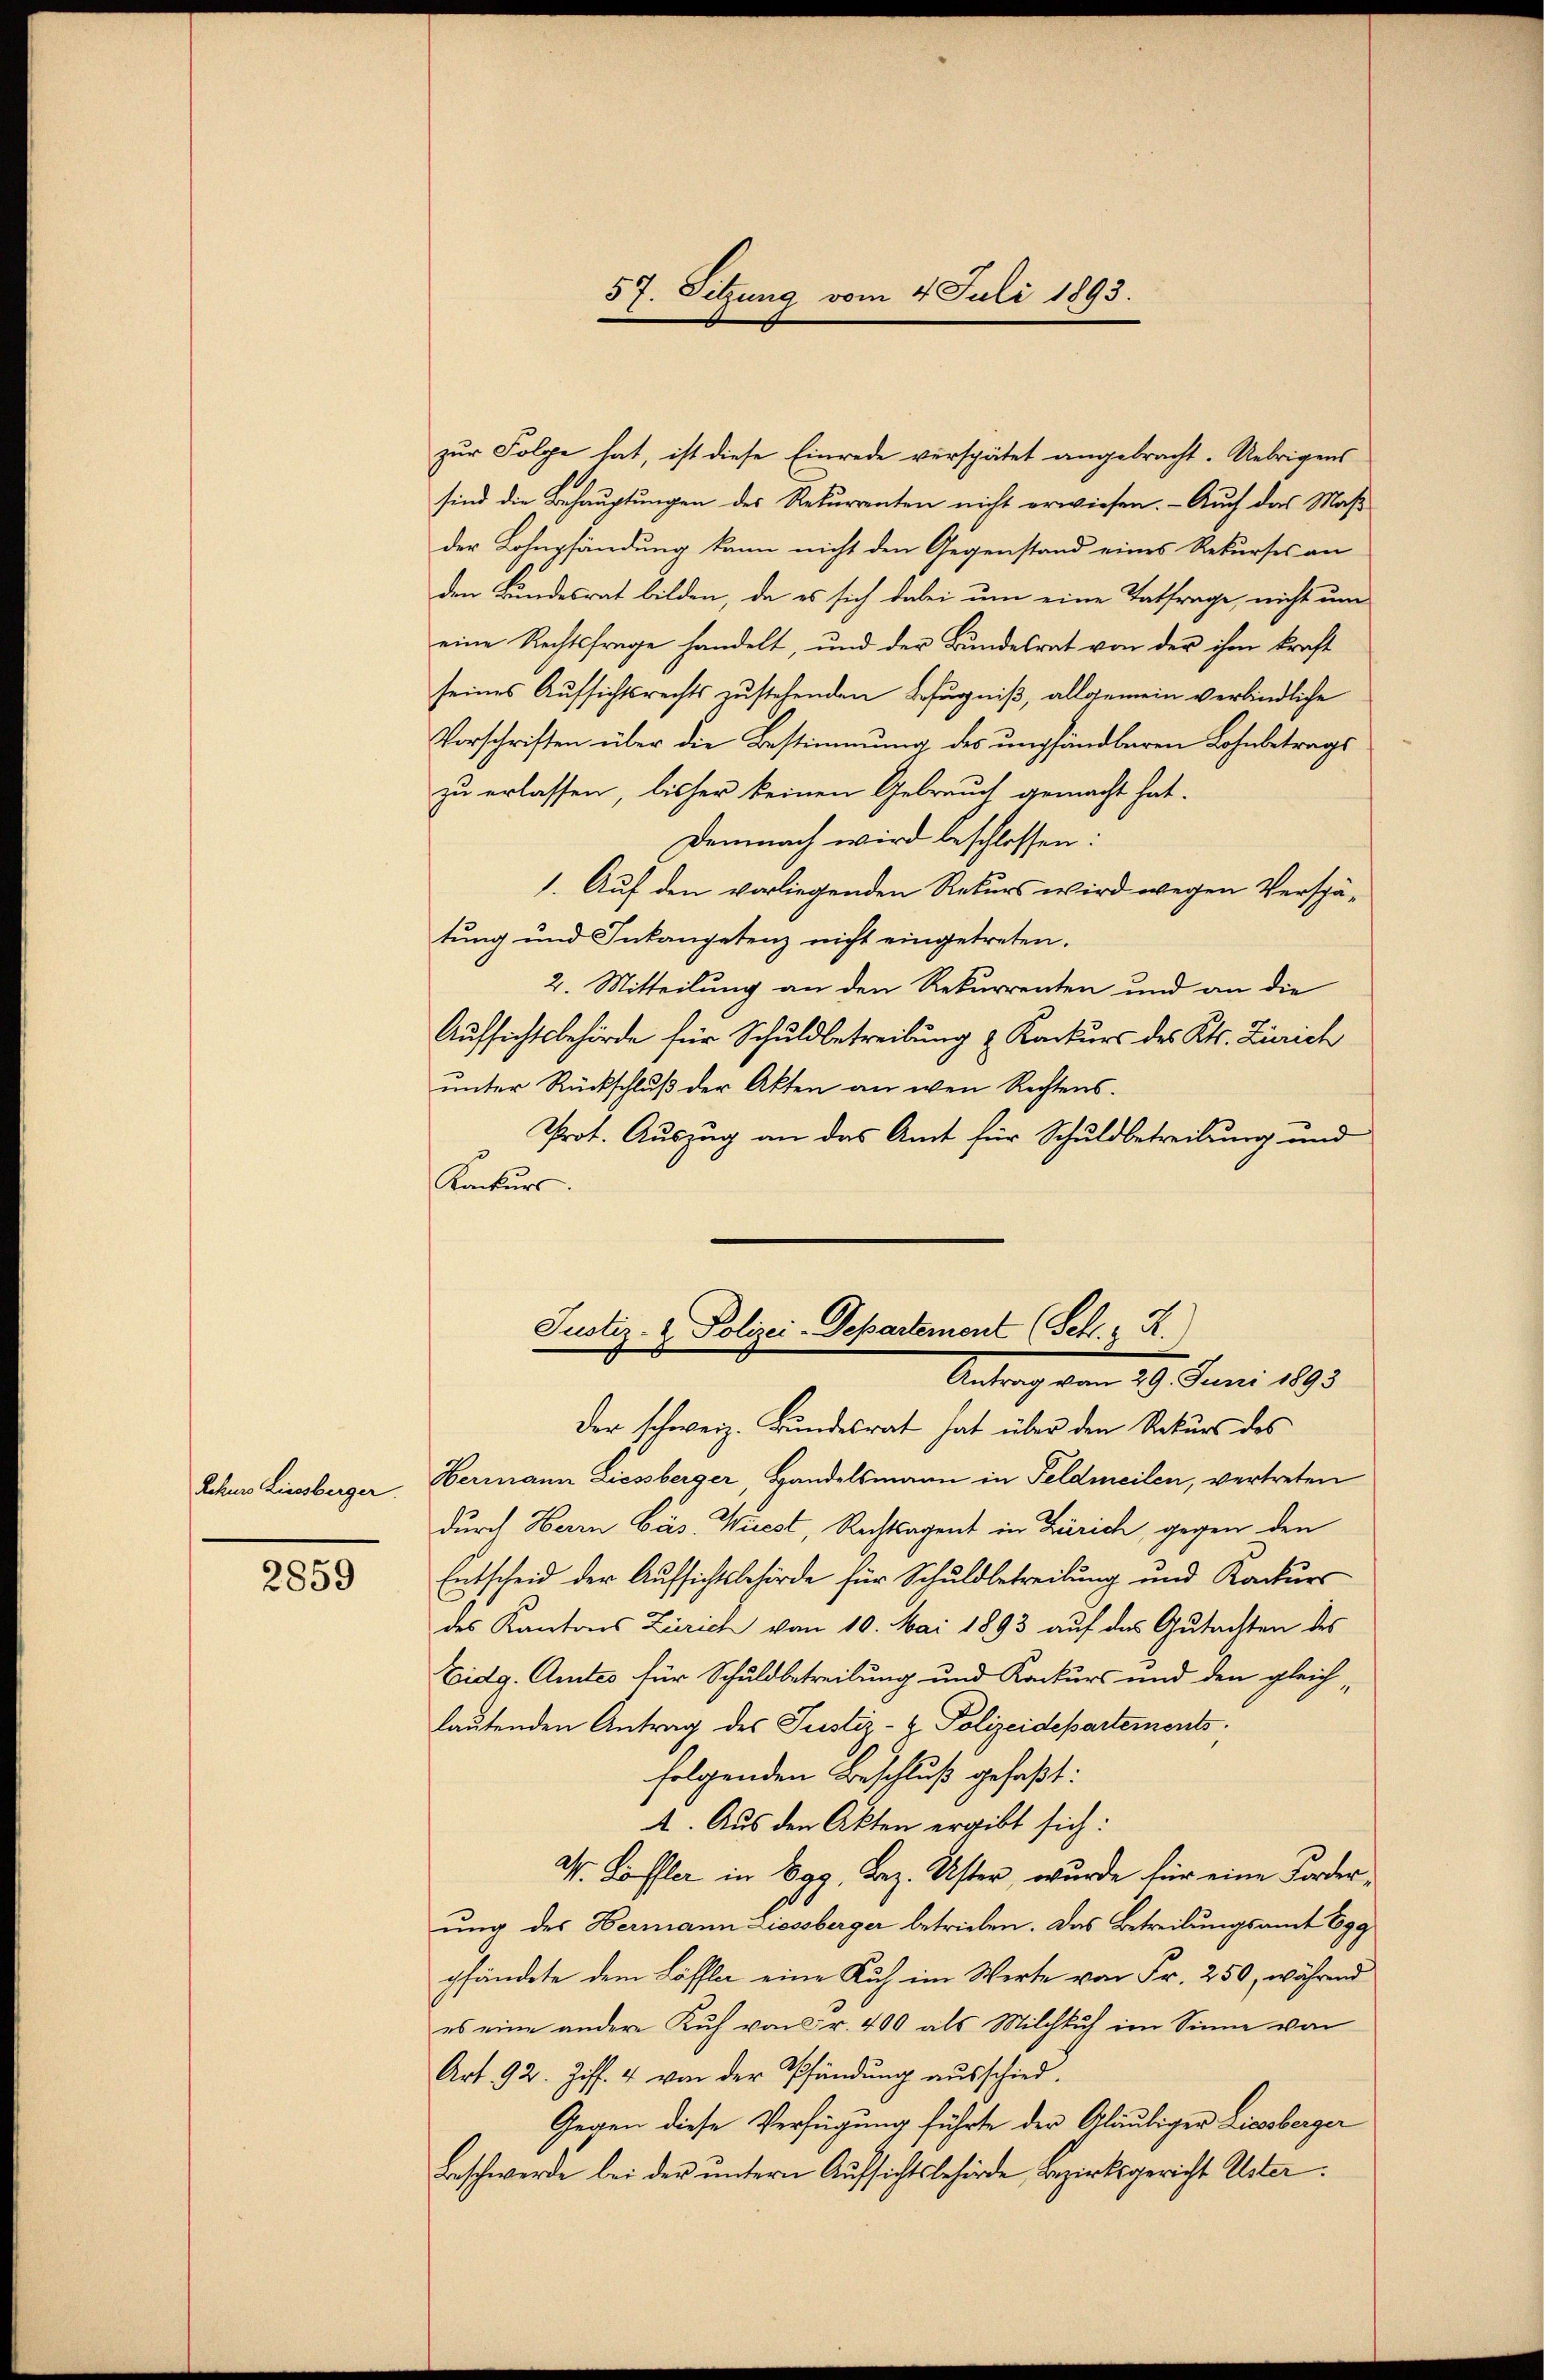
Rehers Liessberger.

2859

zur Folge hat, ist diese Einrede verspätet angebracht. Uebrigens
sind die Behauptungen des Rekurrenten nicht erwiesen. - Auch das Maß
der Lohnpfändung kann nicht den Gegenstand eines Rekurses an
den Bundesrat bilden, da es sich dabei um eine Tatfrage, nicht um
eine Rechtsfrage handelt, und der Bundesrat von der ihm kraft
seines Aufsichtsrechts zustehenden Befugniß, allgemein verbindliche
Vorschriften über die Bestimmung des umpfändbaren Lohnbetrags
zu erlassen, bisher keinen Gebrauch gemacht hat.
Demnach wird beschlossen:
1. Auf den vorliegenden Rekurs wird wegen Verspätung und Inkanpetenz nicht eingetreten.
2. Mitteilung an den Rekurrenten und an die
Aufsichtsbehörde für Schuldbetreibung & Konkurs des Kts. Zürich
unter Rückschluß der Akten an wen Rechtens.
Prot. Auszug an das Amt für Schuldbetreibung und
Konkurs.
Justiz- & Polizei-Departement (Sch. R.
Antrag vom 29. Juni 1893
der schweiz. Bundesrat hat über den Rekurs des
Hermann Liessberger Handelsmann in Feldmeilen, vertreten
durch Herrn Cäs. Wiest, Rechtsagent in Zürich, gegen den
Entscheid der Aufsichtsbehörde für Schuldbetreibung und Konkurs
des Kantons Zürich von 10. Mai 1893 auf das Gutachten des
Eidg. Amtes für Schuldbetreibung und Konkurs und den gleich-
lautenden Antrag des Justiz- & Polizeidepartements.
folgenden Beschluß gefaßt:
4. Aus den Akten ergibt sich:
M. Löffler in Egg, Bez. Uster, wurde für eine Forderung des Hermann Liessberger betrieben. Das Betreibungsamt 699
pfändete dem Löffle eine Ruch im Werte von Fr. 250, während
es eine andere Kuh von Fr. 400 als Milchlich im Sinne von
Art. 92. Ziff. 4 von der Pfändung ausschied.
Gegen diese Verfügung führte der Gläubiger Liesberger
Beschwerde bei der untern Aufsichtsbehörde Bezirksgericht Uster.

57. Sitzung vom 4. Juli 1893.